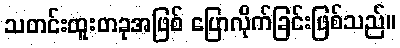
သတင်းထူးတခုအဖြစ် ပြောလိုက်ခြင်းဖြစ်သည်။